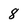
Character: 8